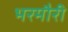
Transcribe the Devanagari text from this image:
भरमौरी